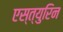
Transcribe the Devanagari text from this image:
एस्त्युरिन